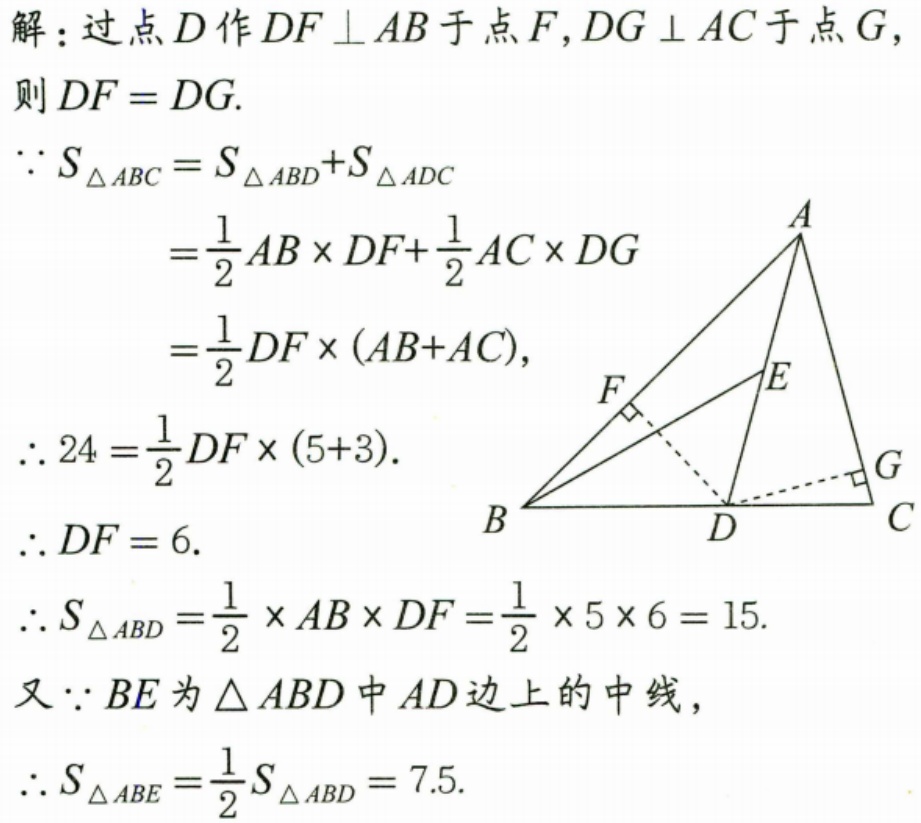
解：过点\(D\)作\(DF\perp AB\)于点\(F\)，\(DG\perp AC\)于点\(G\)，
则\(DF = DG\).
\(\because S_{\triangle ABC}=S_{\triangle ABD}+S_{\triangle ADC}\)
\(=\frac{1}{2}AB\times DF+\frac{1}{2}AC\times DG\)
\(=\frac{1}{2}DF\times(AB + AC)\)，
\(\therefore 24=\frac{1}{2}DF\times(5 + 3)\).
\(\therefore DF = 6\).
\(\therefore S_{\triangle ABD}=\frac{1}{2}\times AB\times DF=\frac{1}{2}\times5\times6 = 15\).
又\(\because BE\)为\(\triangle ABD\)中\(AD\)边上的中线，
\(\therefore S_{\triangle ABE}=\frac{1}{2}S_{\triangle ABD}=7.5\).
  ![三角形图形](https://pic2.zhimg.com/v2-8c8c8c8c8c8c8c8c8c8c8c8c8c8c8c8c_b.jpg)  （此处因无法获取原准确图形，以文字说明代替，原答案有对应三角形图形，你可根据实际情况处理）